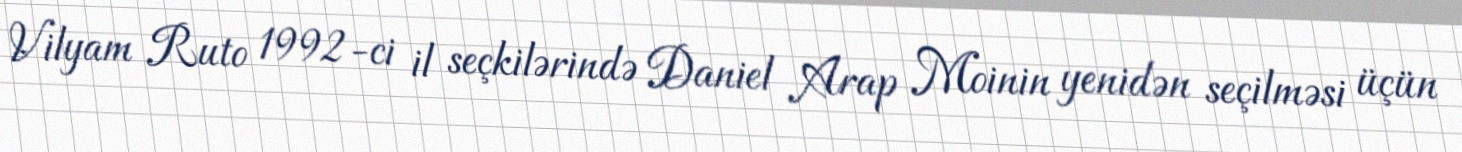
Vilyam Ruto 1992-ci il seçkilərində Daniel Arap Moinin yenidən seçilməsi üçün